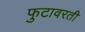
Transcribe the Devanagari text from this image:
फुटावरती